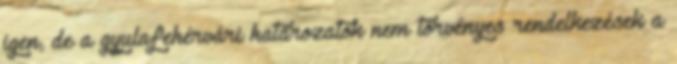
igen, de a gyulafehérvári határozatok nem törvényes rendelkezések a